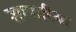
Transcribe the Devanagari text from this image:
शापारिया